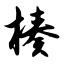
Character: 楱